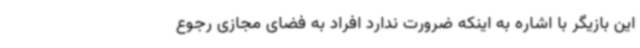
این بازیگر با اشاره به اینکه ضرورت ندارد افراد به فضای مجازی رجوع